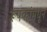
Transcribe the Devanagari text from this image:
रूपकांमधून